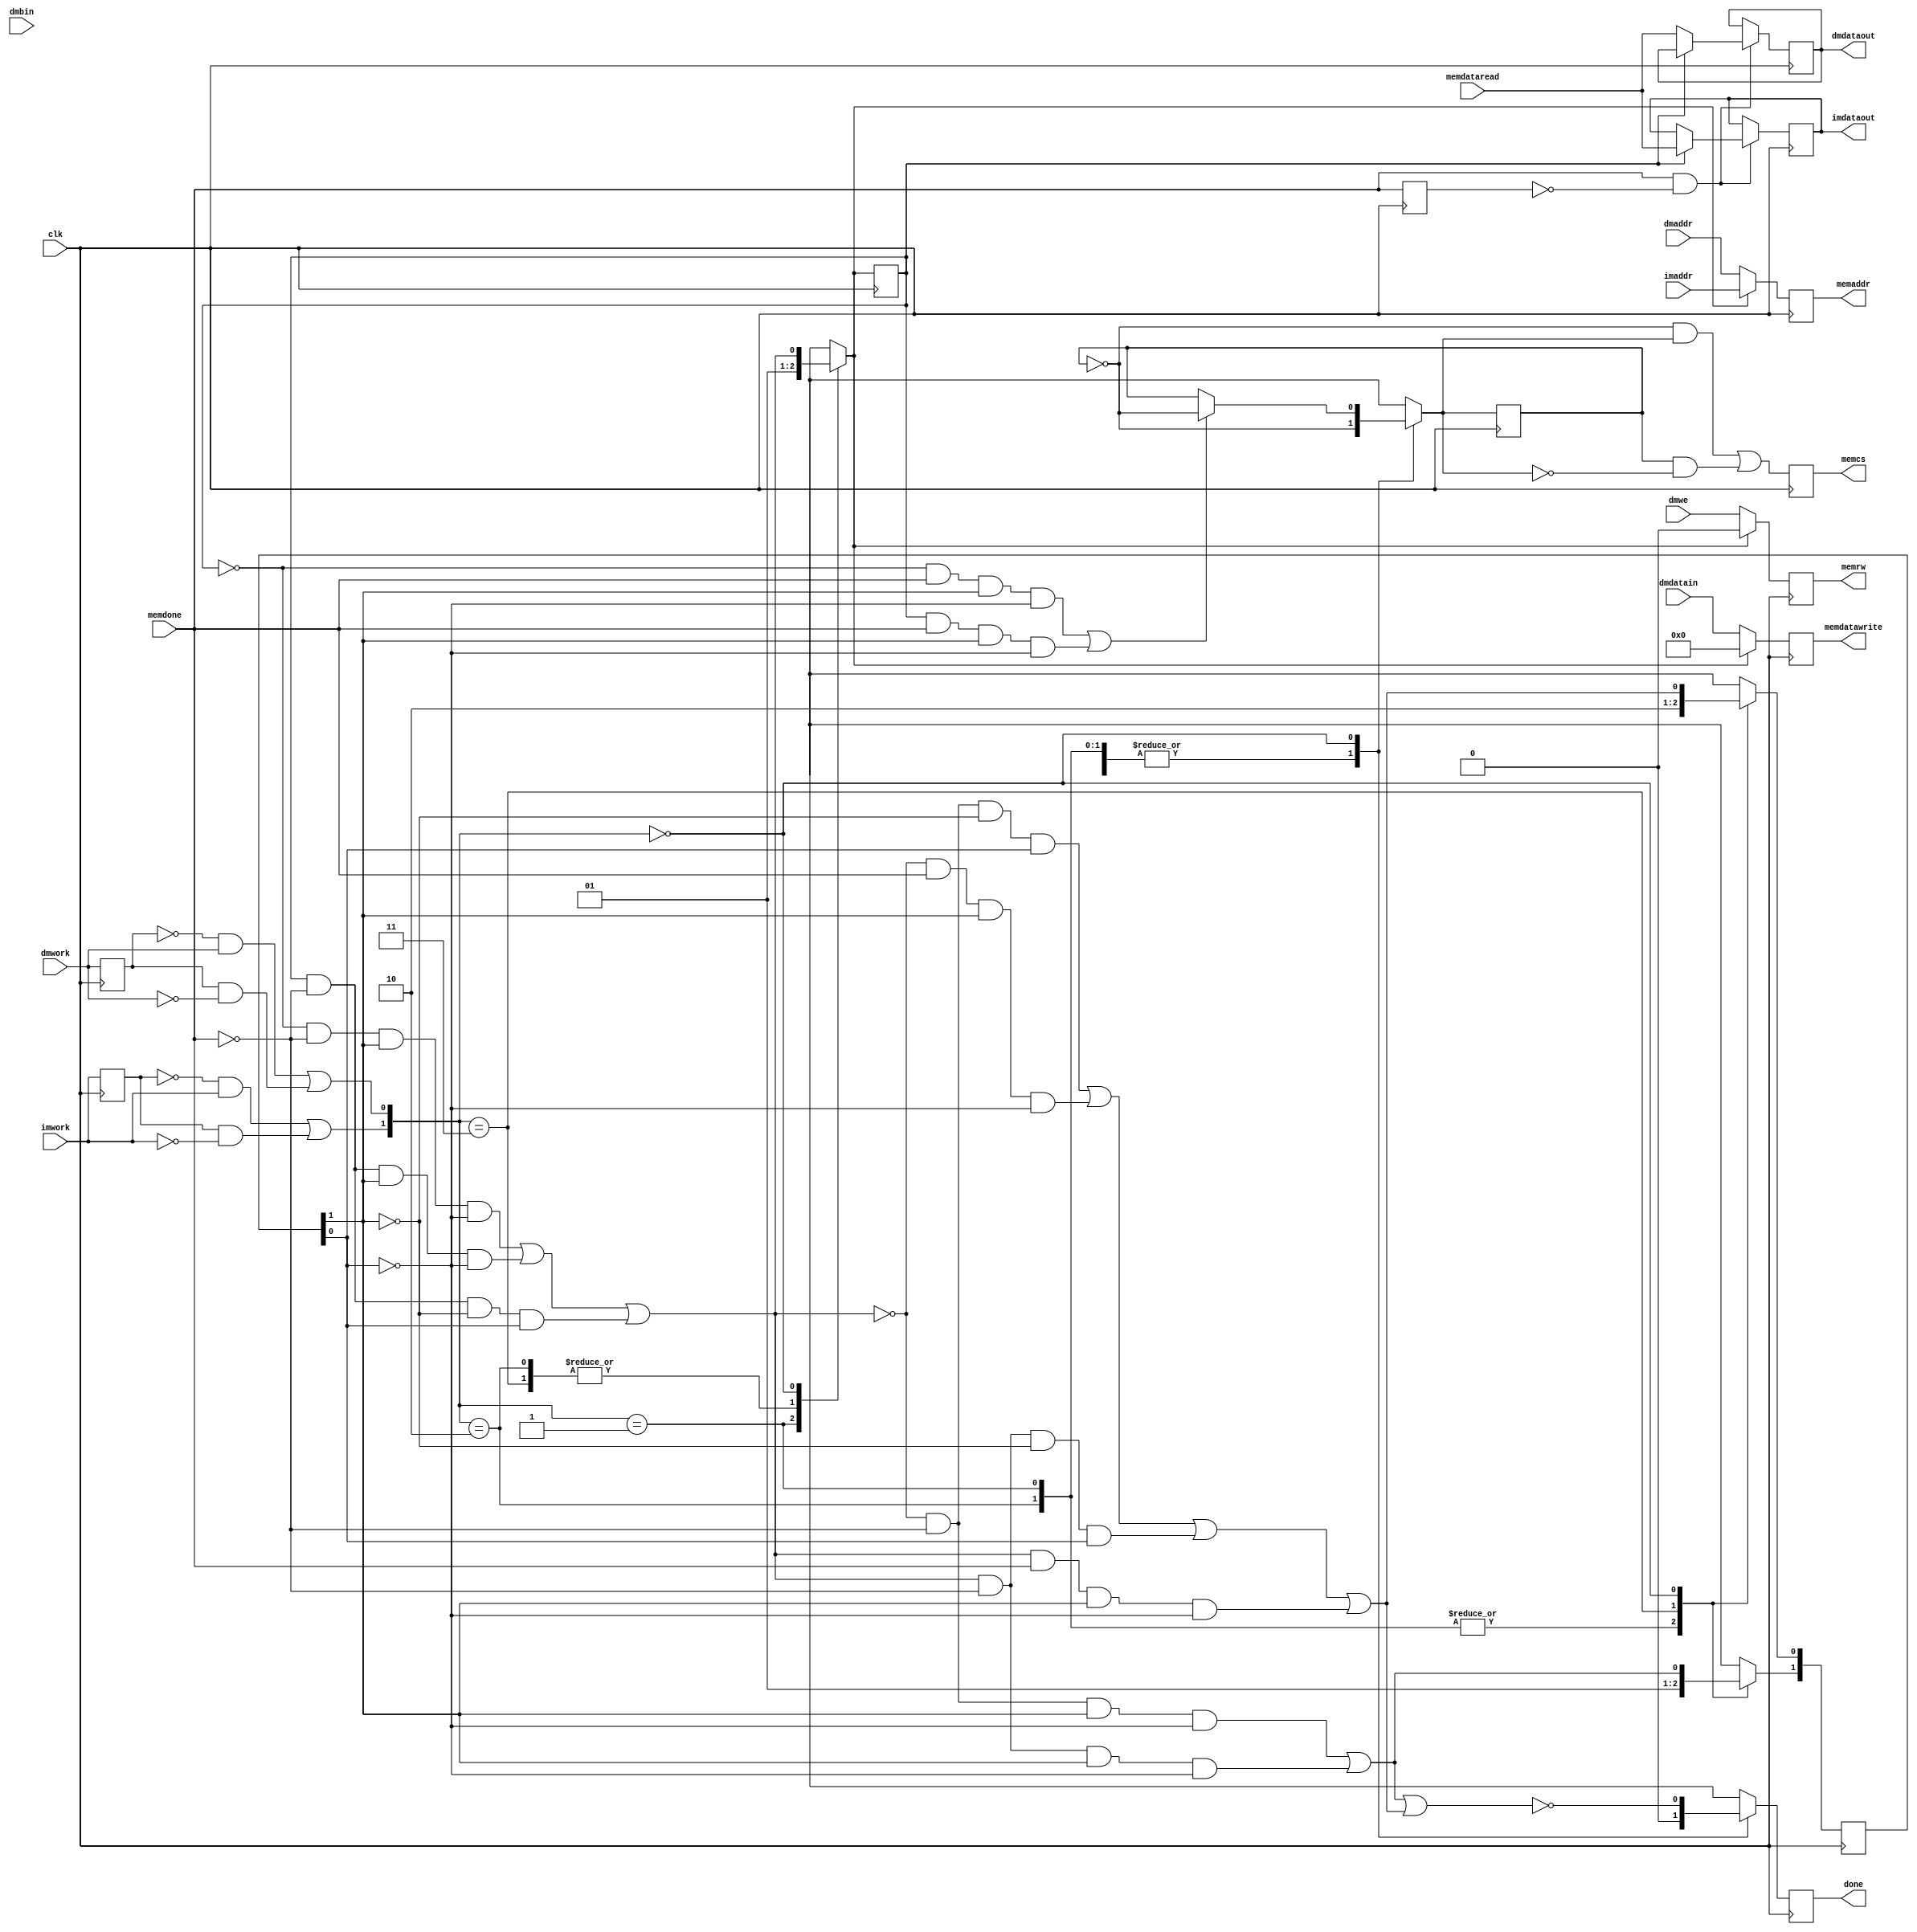
module doubledata(
    input clk,
    input dmwork,
    input dmwe,
    input [3:0] dmbin,
    input [21:0] dmaddr,
    input [31:0] dmdatain,
    output reg [31:0] dmdataout,
    input [21:0] imaddr,
    output reg [31:0] imdataout,
    input imwork,
    output reg done,//to cpu
    output reg memcs,
    output reg memrw,
    output reg [21:0] memaddr,
    output reg [31:0] memdatawrite,
    input [31:0] memdataread,
    input memdone
    );
//todo done can not access 1
initial
begin
	memcs = 1'b0;
	done = 1'b1;
	prework = 1'b0;
end

reg work= 1'b0;

reg lastimwork;

reg lastdmwork;

reg prework;
reg lastwork;

reg [1:0] workstate = 2'b0;
reg [1:0] finishnum = 2'b0;
reg ptr = 1'b0;

reg prefinishnum1;
reg predone;
always@(posedge clk)
begin
	if(memdone & ~predone)
		begin
		if (ptr)
		begin
			imdataout = memdataread;
		end else begin
			dmdataout = memdataread;
		end
	end
	workstate = {(~lastimwork & imwork )|(lastimwork & ~imwork),(~lastdmwork & dmwork) | (lastdmwork & ~dmwork)};
	lastimwork = imwork;
	lastdmwork = dmwork;
	case (workstate)
	2'b10:
	begin
		finishnum = 2'b01;
		ptr = 1'b1;
		work = ~work;
		done = 1'b0;
	end
	2'b01:
	begin
		finishnum = 2'b01;
		ptr = 1'b0;
		work = ~work;
		done = 1'b0;
	end
	2'b11:
	begin
		finishnum = 2'b10;
		ptr = 1'b1;
		work = ~work;
		done = 1'b0;
	end
	2'b00:
	begin
		work = (~ptr & memdone & finishnum[1] & ~finishnum[0])|(ptr & memdone & finishnum[1] & ~finishnum[0])?~work:work;
		ptr = (~ptr & ~memdone & finishnum[1] & ~finishnum[0] ) | (ptr & ~memdone & finishnum[1] & ~finishnum[0] ) | (ptr & ~memdone & ~finishnum[1] & finishnum[0]);
		prefinishnum1 = finishnum[1];
		finishnum[1] = (~ptr & ~memdone & finishnum[1] &~finishnum[0]) | (ptr & ~memdone & finishnum[1] & ~finishnum[0]);		
		finishnum[0] = (~ptr & ~memdone & ~prefinishnum1 & finishnum[0])|(~ptr & memdone & prefinishnum1 & ~finishnum[0]) | (ptr & ~memdone & ~prefinishnum1 & finishnum[0] ) | (ptr & memdone & prefinishnum1 & ~finishnum[0]);
		done = ~(finishnum[1] | finishnum[0]);
	end
	endcase
	lastwork = prework;
	prework = work;
	memcs = (~lastwork & prework) | (lastwork & ~prework);
	memaddr = ptr ? imaddr:dmaddr;	
	memdatawrite = ptr ? 32'b0:dmdatain;
	memrw = ptr ? 1'b0:dmwe;	
	predone = memdone;
	
end

endmodule